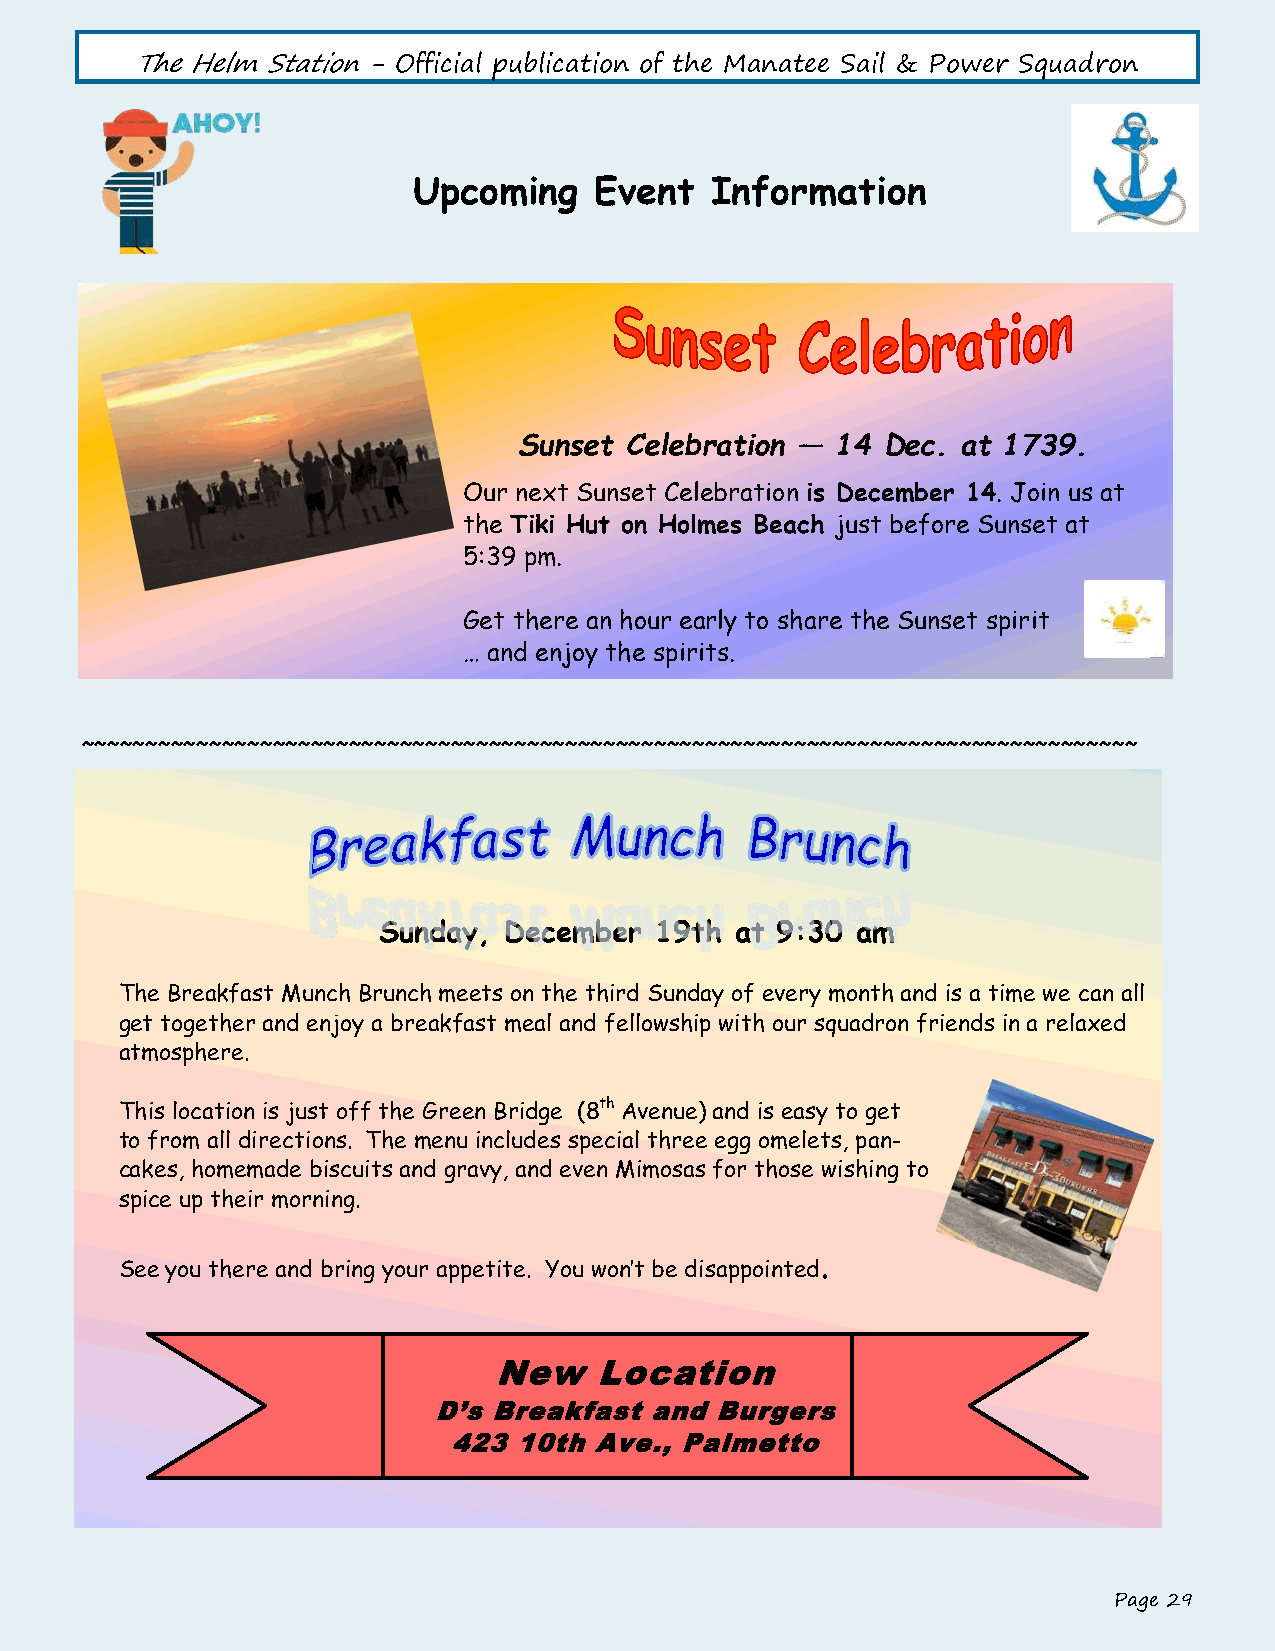
The Helm Station - Official publication of the Manatee Sail & Power Squadron
 Upcoming    Event   Information
 Sunset Celebration — 14  Dec. at 1739.
 Our next Sunset Celebration is December 14. Join us at
 the Tiki Hut on Holmes Beach just before Sunset at
 5:39 pm.
 Get there an hour early to share the Sunset spirit
 … and enjoy the spirits.
 ~~~~~~~~~~~~~~~~~~~~~~~~~~~~~~~~~~~~~~~~~~~~~~~~~~~~~~~~~~~~~~~~~~~~~~~~~~~~~~~~~~~
 Sunday, December  19th  at 9:30 am
 The Breakfast Munch Brunch meets on the third Sunday of every month and is a time we can all
 get together and enjoy a breakfast meal and fellowship with our squadron friends in a relaxed
 atmosphere.
 This location is just off the Green Bridge (8th Avenue) and is easy to get
 to from all directions. The menu includes special three egg omelets, pan-
 cakes, homemade biscuits and gravy, and even Mimosas for those wishing to
 spice up their morning.
 .
 See you there and bring your appetite. You won’t be disappointed
 New   Location
 D’s Breakfast and Burgers
 423 10th Ave., Palmetto
 Page 29